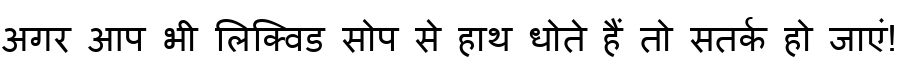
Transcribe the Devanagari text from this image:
अगर आप भी लिक्विड सोप से हाथ धोते हैं तो सतर्क हो जाएं!